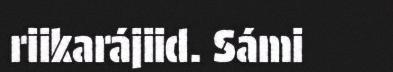
riikarájiid. Sámi